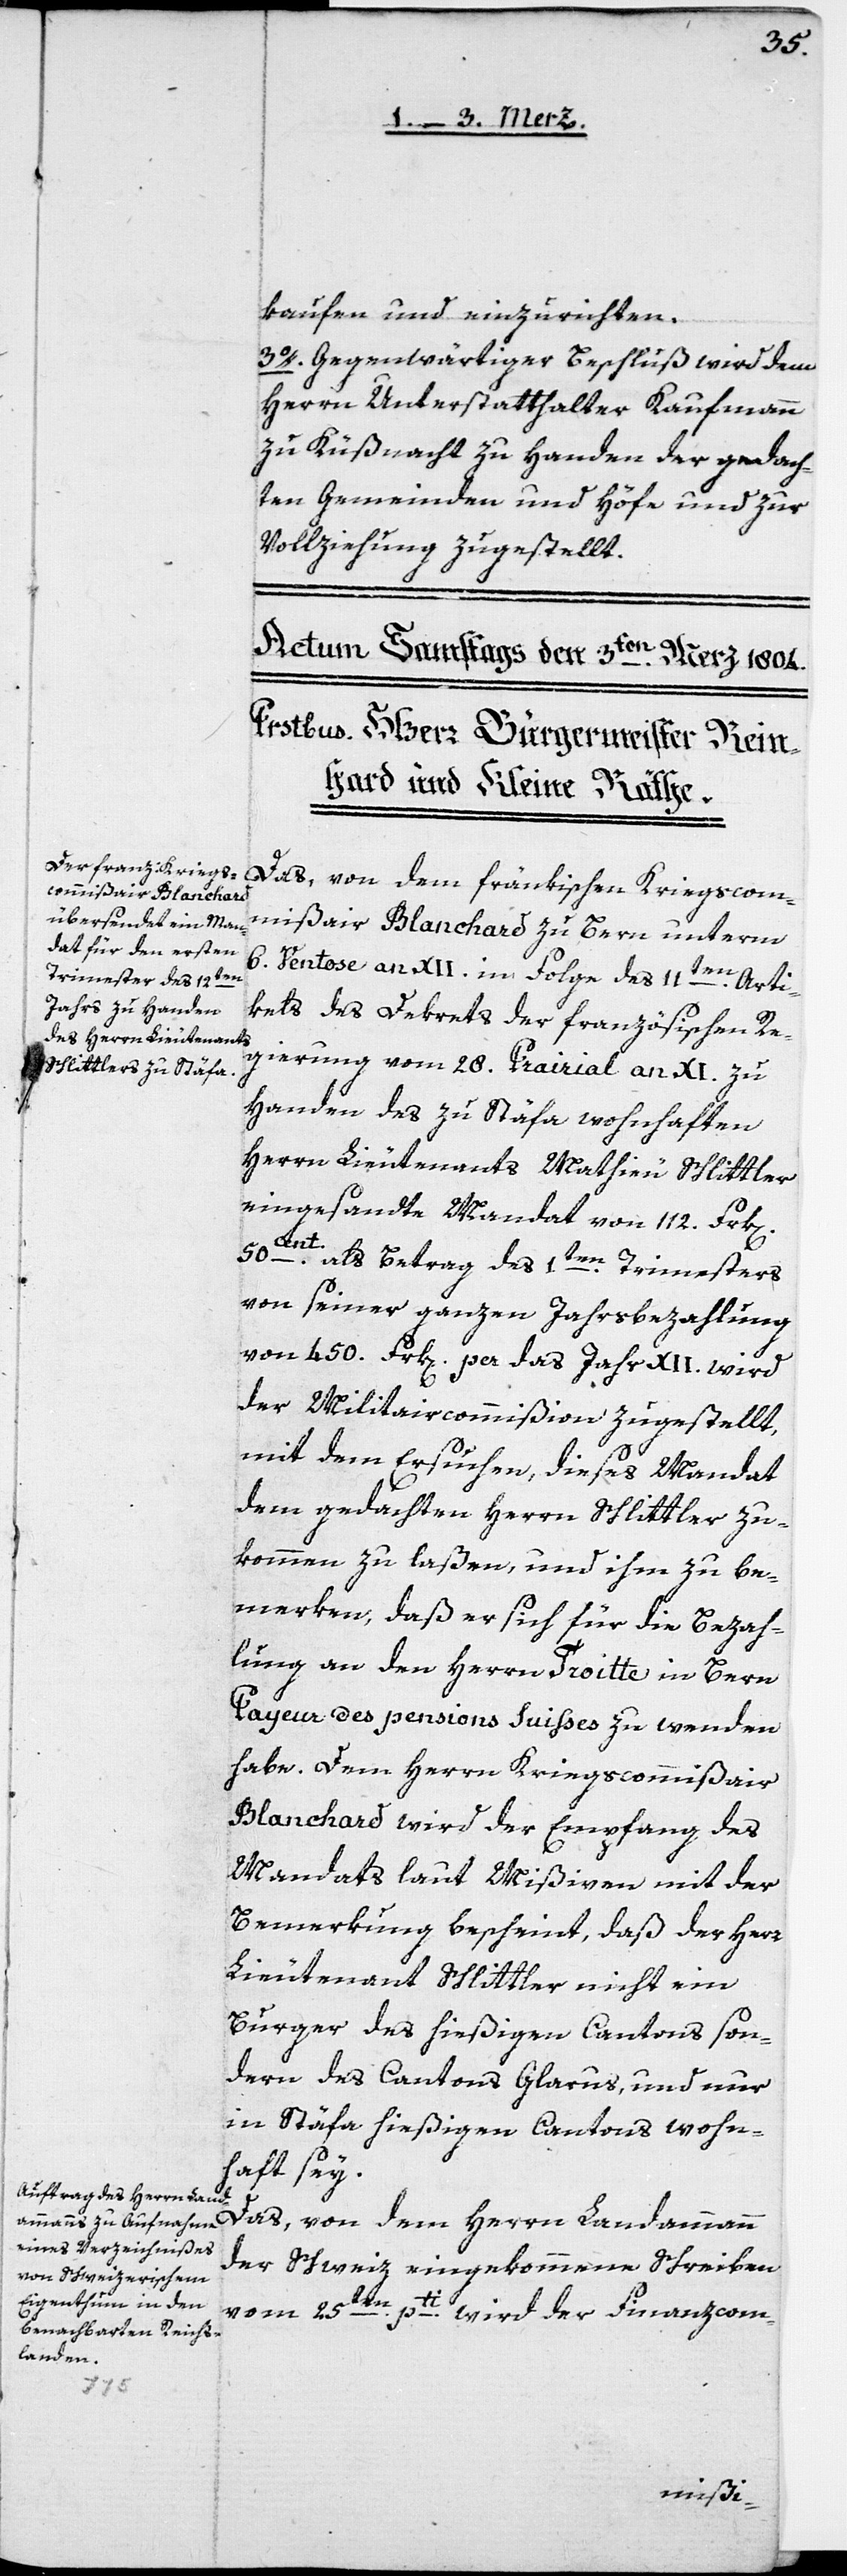
kaufen und einzurichten.
3o. Gegenwärtiger Beschluß wird dem
Herrn Unterstatthalter Kaufmann
zu Küßnacht zu Handen der gedach¬
ten Gemeinden und Höfe und zur
Vollziehung zugestellt.
Das, von dem fränkischen Kriegscom¬
mißair Blanchard zu Bern unterm
6. Ventose an XII in Folge des 11ten Arti¬
kels des Dekrets der französischen Re¬
gierung vom 28. Prairial an XI zu
Handen des zu Stäfa wohnhaften
Herrn Lieutenants Matthieu Schlittler
eingesandte Mandat von 112. Frk[en]
50 Cent als Betrag des 1ten Trimesters
von seiner ganzen Jahrsbezahlung
von 450. Frk[en] per das Jahr XII. wird
der Militaircommißion zugestellt,
mit dem Ersuchen, dieses Mandat
dem gedachten Herrn Schlittler zu¬
kommen zu laßen, und ihm zu be¬
merken, daß er sich für die Bezah¬
lung an den Herrn Troitte in Bern
Payeur des pensions Suisses zu wenden
habe. Dem Herrn Kriegscommißair
Blanchard wird der Empfang des
Mandats laut Mißiven mit der
Bemerkung bescheint, daß der Herr
Lieutenant Schlittler nicht ein
Burger des hießigen Cantons, son¬
dern des Cantons Glarus, und nur
in Stäfa hießigen Cantons wohn¬
haft sey.
Das, von dem Herrn Landammann
der Schweiz eingekommene Schreiben
vom 25ten pti wird der Finanzcom-